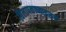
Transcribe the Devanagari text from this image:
विलापकाव्यावरून